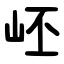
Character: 岯